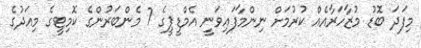
މިފަދަ ބޮޑު މުޒާހަރާއެއް ކުރުމަށް ނިންމާފައިވަނީ އެމްޑީޕީގެ 7 މެންބަރުންގެ ކޮމިޓީގެ މިއަދުގެ